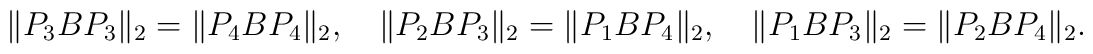
\| P_3 B P_3 \|_2  = \| P_4 B P_4 \|_2,\quad\| P_2 B P_3 \|_2 = \| P_1 B P_4 \|_2, \quad\| P_1 B P_3 \|_2 = \| P_2 B P_4 \|_2.